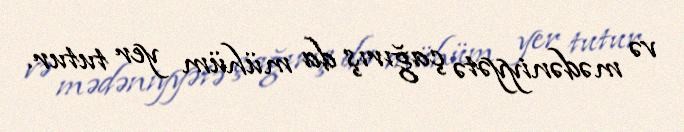
və mədəniyyətə çağırış da mühüm yer tutur.